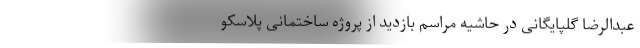
عبدالرضا گلپایگانی در حاشیه مراسم بازدید از پروژه ساختمانی پلاسکو